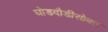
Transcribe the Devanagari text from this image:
घोडदौडीसोबत